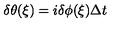
\delta \theta ( \xi ) = i \delta \phi ( \xi ) \Delta t